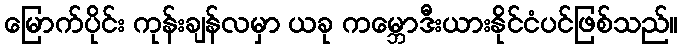
မြောက်ပိုင်း ကုန်းချန်လမှာ ယခု ကမ္ဘောဒီးယားနိုင်ငံပင်ဖြစ်သည်။